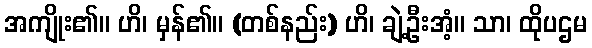
အကျိုး၏။ ဟိ၊ မှန်၏။ (တစ်နည်း) ဟိ၊ ချဲ့ဦးအံ့။ သာ၊ ထိုပဌမ